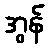
အွန်